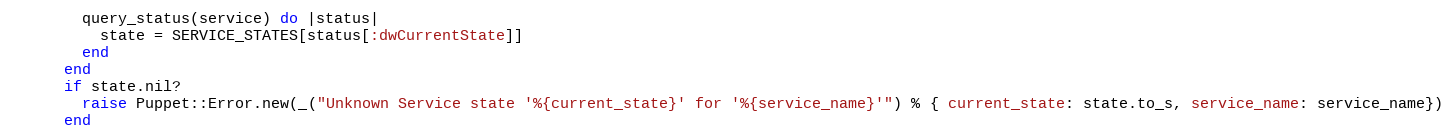
Language: Ruby
        query_status(service) do |status|
          state = SERVICE_STATES[status[:dwCurrentState]]
        end
      end
      if state.nil?
        raise Puppet::Error.new(_("Unknown Service state '%{current_state}' for '%{service_name}'") % { current_state: state.to_s, service_name: service_name})
      end